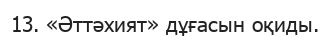
13. «Әттәхият» дұғасын оқиды.